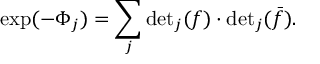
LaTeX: \exp ( - \Phi _ { j } ) = \sum _ { j } \mathrm { d e t } _ { j } ( f ) \cdot \mathrm { d e t } _ { j } ( \bar { f } ) .